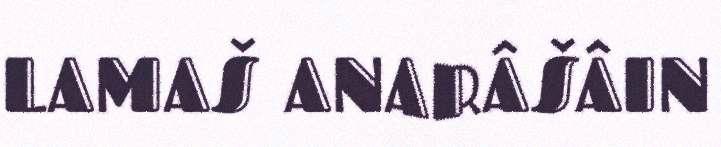
LAMAŠ ANARÂŠÂIN